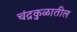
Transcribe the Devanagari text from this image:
चंद्रकुळातील